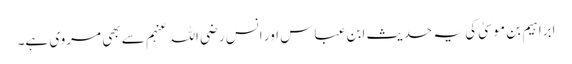
ابراہیم بن موسیٰ کی یہ حدیث ابن عباس اور انس رضی اللہ عنہم سے بھی مروی ہے۔